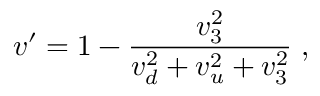
v ^ { \prime } = 1 - \frac { v _ { 3 } ^ { 2 } } { v _ { d } ^ { 2 } + v _ { u } ^ { 2 } + v _ { 3 } ^ { 2 } } \; ,